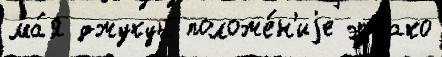
ма́я джукун положе́н'иjе этсако